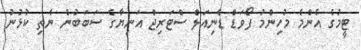
ޓީމުގެ އެންމެ މުހިންމު ފޯވަޑް ޑެނިއަލް ސްޓަރިޖް އަނިޔާގެ ސަބަބުން ނެތި ކުޅުނު